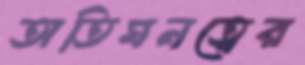
অতিঘনত্বের